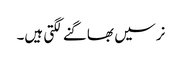
نرسیں بھاگنے لگتی ہیں۔